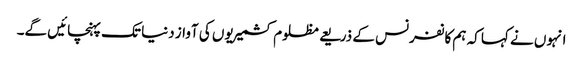
انہوں نے کہا کہ ہم کانفرنس کے ذریعے مظلوم کشمیریوں کی آواز دنیا تک پہنچائیں گے۔